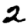
Digit: 2